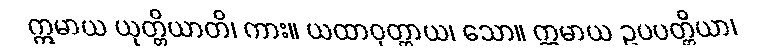
ဣမာယ ယုတ္တိယာတိ၊ ကား။ ယထာဝုတ္တာယ၊ သော။ ဣမာယ ဥပပတ္တိယာ၊